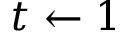
t \leftarrow 1